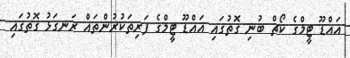
އައްޑޫ ޓީމްގެ ކޯޗް ބުނި ގޮތުގައި އައްޑޫ ޓީމްގެ ފަރިތަކުރުންތައް ރަނގަޅު ގޮތުގައި